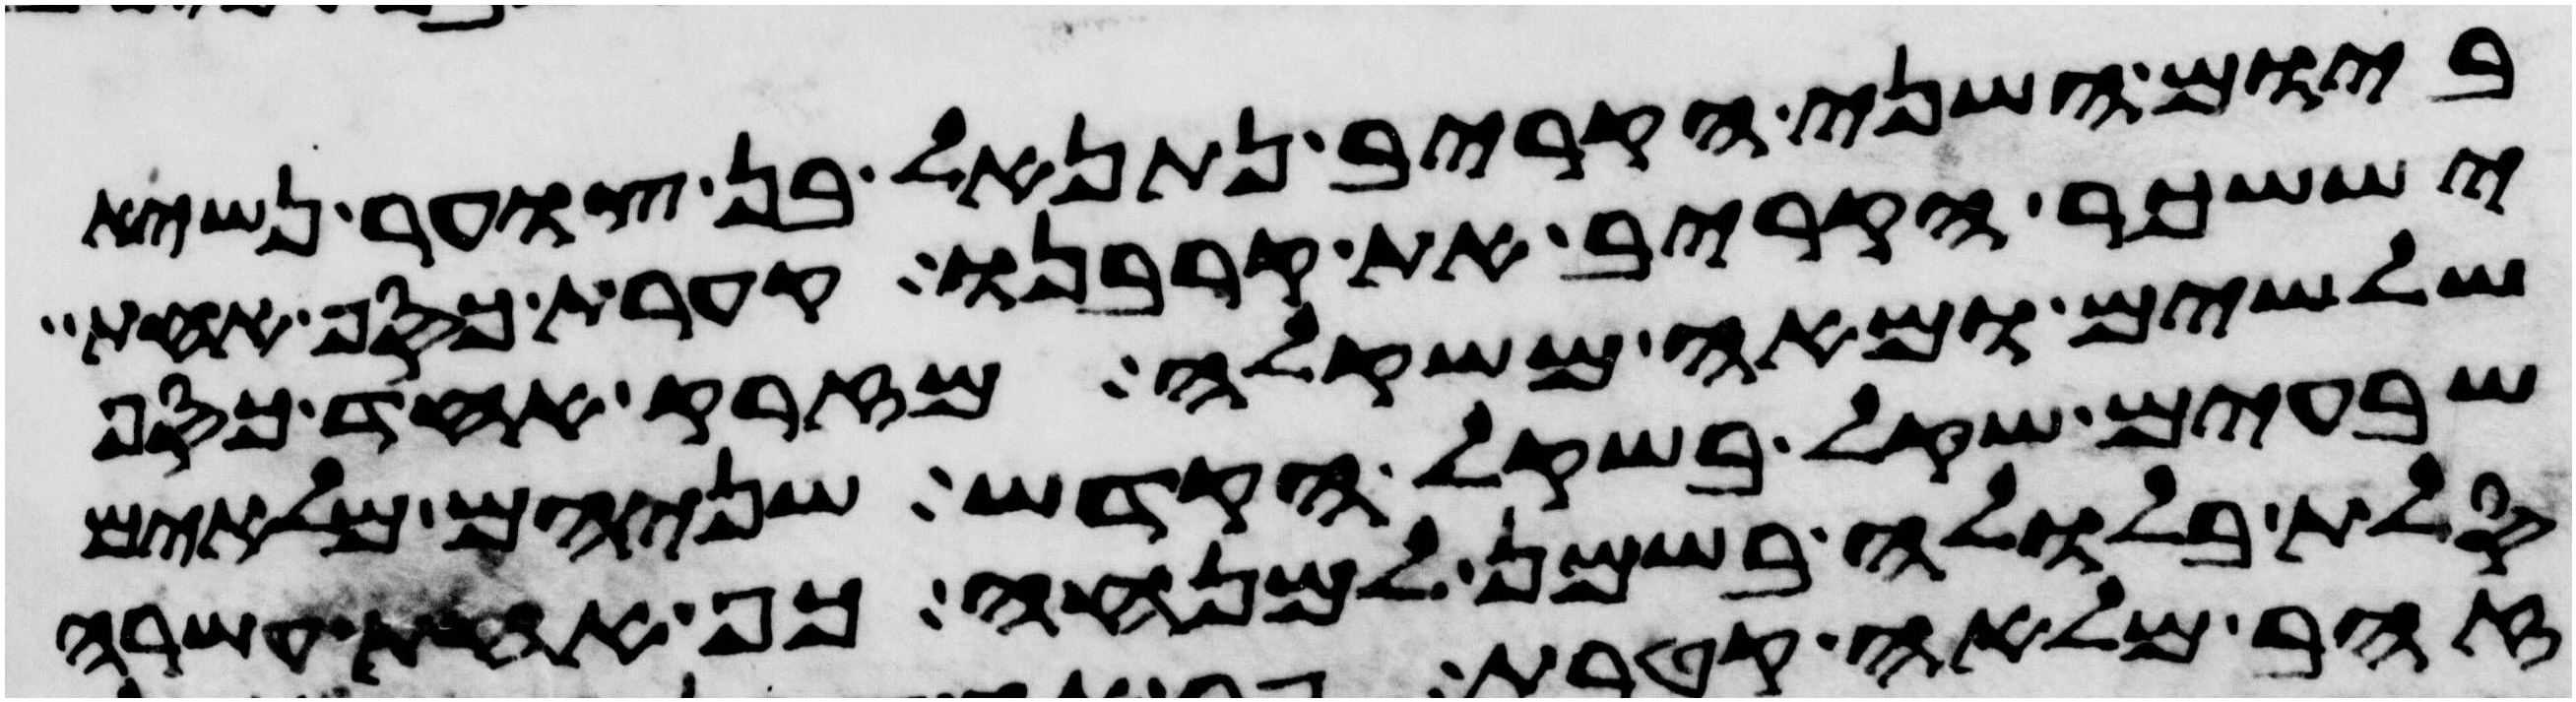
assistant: ביום השני הקריב נתנאל בן צוער נשיא
יששכר הקריב את קרבנו קערת כסף אחת
שלשים ומאה משקלה מזרק אחד כסף
שבעים שקל בשקל הקדש שניהם מלאים
סלת בלולה בשמן למנחה כף אחת עשרה